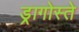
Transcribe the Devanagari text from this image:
ड्रागोस्ते